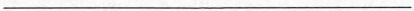
___